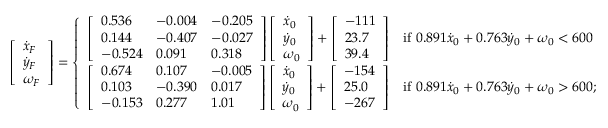
\left[ \begin{array} { l } { \dot { x } _ { F } } \\ { \dot { y } _ { F } } \\ { \omega _ { F } } \end{array} \right] = \left\{ \begin{array} { l l } { \left[ \begin{array} { l l l } { 0 . 5 3 6 } & { - 0 . 0 0 4 } & { - 0 . 2 0 5 } \\ { 0 . 1 4 4 } & { - 0 . 4 0 7 } & { - 0 . 0 2 7 } \\ { - 0 . 5 2 4 } & { 0 . 0 9 1 } & { 0 . 3 1 8 } \end{array} \right] \left[ \begin{array} { l } { \dot { x } _ { 0 } } \\ { \dot { y } _ { 0 } } \\ { \omega _ { 0 } } \end{array} \right] + \left[ \begin{array} { l } { - 1 1 1 } \\ { 2 3 . 7 } \\ { 3 9 . 4 } \end{array} \right] } & { \mathrm { i f ~ } 0 . 8 9 1 \dot { x } _ { 0 } + 0 . 7 6 3 \dot { y } _ { 0 } + \omega _ { 0 } < 6 0 0 } \\ { \left[ \begin{array} { l l l } { 0 . 6 7 4 } & { 0 . 1 0 7 } & { - 0 . 0 0 5 } \\ { 0 . 1 0 3 } & { - 0 . 3 9 0 } & { 0 . 0 1 7 } \\ { - 0 . 1 5 3 } & { 0 . 2 7 7 } & { 1 . 0 1 } \end{array} \right] \left[ \begin{array} { l } { \dot { x } _ { 0 } } \\ { \dot { y } _ { 0 } } \\ { \omega _ { 0 } } \end{array} \right] + \left[ \begin{array} { l } { - 1 5 4 } \\ { 2 5 . 0 } \\ { - 2 6 7 } \end{array} \right] } & { \mathrm { i f ~ } 0 . 8 9 1 \dot { x } _ { 0 } + 0 . 7 6 3 \dot { y } _ { 0 } + \omega _ { 0 } > 6 0 0 ; } \end{array} \right.